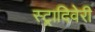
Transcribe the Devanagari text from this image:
स्ट्रादिवेरी